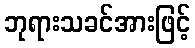
ဘုရားသခင်အားဖြင့်